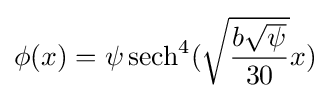
\phi (x)=\psi \operatorname {sech} ^{4}({\sqrt {\frac {b{\sqrt {\psi }}}{30}}}x)